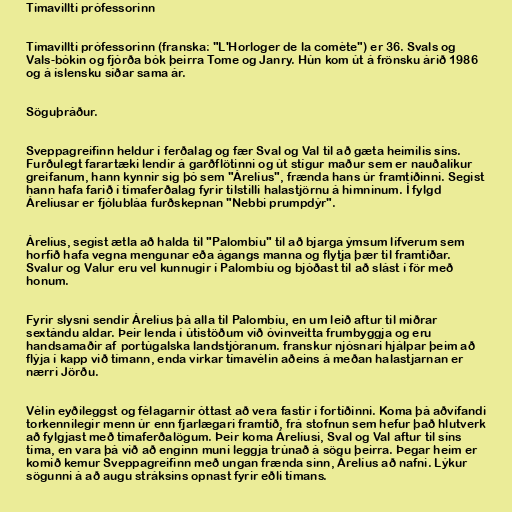
Tímavillti prófessorinn

Tímavillti prófessorinn (franska: "L'Horloger de la comète") er 36. Svals og
Vals-bókin og fjórða bók þeirra Tome og Janry. Hún kom út á frönsku árið 1986
og á íslensku síðar sama ár.

Söguþráður.

Sveppagreifinn heldur í ferðalag og fær Sval og Val til að gæta heimilis síns.
Furðulegt farartæki lendir á garðflötinni og út stígur maður sem er nauðalíkur
greifanum, hann kynnir sig þó sem "Árelíus", frænda hans úr framtíðinni. Segist
hann hafa farið í tímaferðalag fyrir tilstilli halastjörnu á himninum. Í fylgd
Árelíusar er fjólubláa furðskepnan "Nebbi prumpdýr".

Árelíus, segist ætla að halda til "Palombíu" til að bjarga ýmsum lífverum sem
horfið hafa vegna mengunar eða ágangs manna og flytja þær til framtíðar.
Svalur og Valur eru vel kunnugir í Palombíu og bjóðast til að slást í för með
honum.

Fyrir slysni sendir Árelíus þá alla til Palombíu, en um leið aftur til miðrar
sextándu aldar. Þeir lenda í útistöðum við óvinveitta frumbyggja og eru
handsamaðir af portúgalska landstjóranum. franskur njósnari hjálpar þeim að
flýja í kapp við tímann, enda virkar tímavélin aðeins á meðan halastjarnan er
nærri Jörðu.

Vélin eyðileggst og félagarnir óttast að vera fastir í fortíðinni. Koma þá aðvífandi
torkennilegir menn úr enn fjarlægari framtíð, frá stofnun sem hefur það hlutverk
að fylgjast með tímaferðalögum. Þeir koma Árelíusi, Sval og Val aftur til síns
tíma, en vara þá við að enginn muni leggja trúnað á sögu þeirra. Þegar heim er
komið kemur Sveppagreifinn með ungan frænda sinn, Árelíus að nafni. Lýkur
sögunni á að augu stráksins opnast fyrir eðli tímans.